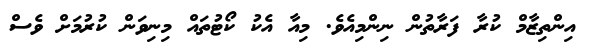
އިންތިޒާމް ކުރާ ފަރާތުން ނިންމިއެވެ. މިއާ އެކު ކޯޓުތައް މިނިވަން ކުރުމަށް ވެސް